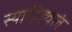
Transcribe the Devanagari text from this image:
स्याद्विह्वलं